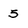
Character: 5